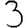
Digit: 3